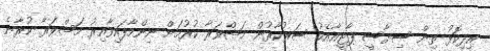
އިދިކޮޅު ތިން ސިޔާސީ ޕާޓީއާއެކު ސަރުކާރުން މަޝްވަރާ ކުރުމަށް ނިންމާފައިވާއިރު މަޝްވަރާ ކުރާނެ